Mental hospitals Bombay report 1921-28 - 1921-1928
Year: 1921
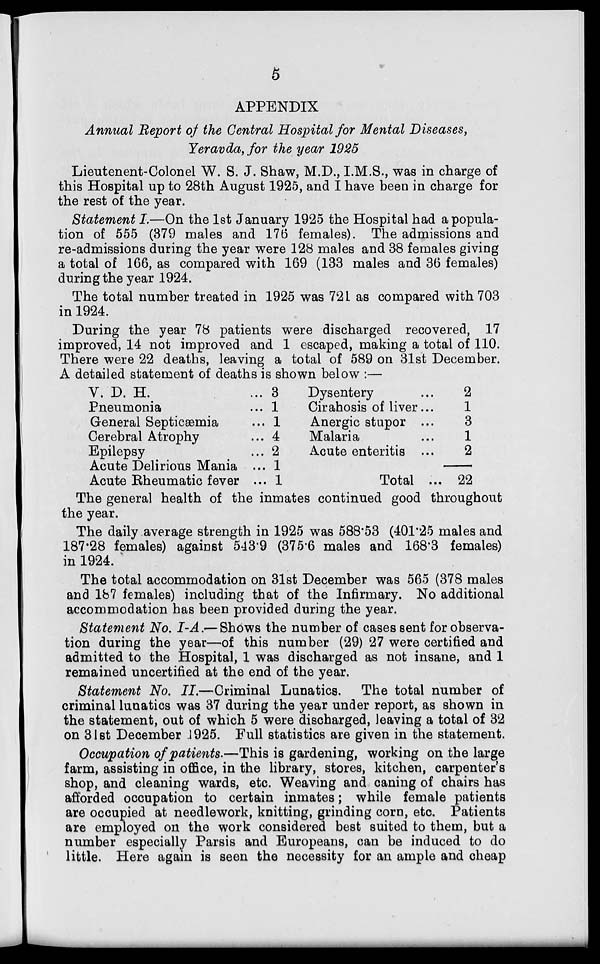
5
APPENDIX
Annual Report of the Central Hospital for Mental Diseases,
Yeravda, for the year 1925
Lieutenent-Colonel W. S. J. Shaw, M.D., I.M.S., was in charge of
this Hospital up to 28th August 1925, and I have been in charge for
the rest of the year.
Statement I.—On the 1st January 1925 the Hospital had a popula-
tion of 555 (379 males and 176 females). The admissions and
re-admissions during the year were 128 males and 38 females giving
a total of 166, as compared with 169 (133 males and 36 females)
during the year 1924.
The total number treated in 1925 was 721 as compared with 703
in 1924.
During the year 78 patients were discharged recovered, 17
improved, 14 not improved and 1 escaped, making a total of 110.
There were 22 deaths, leaving a total of 589 on 31st December.
A detailed statement of deaths is shown below :—
V. D. H. ...
Pneumonia ...
General Septicæmia ...
Cerebral Atrophy ...
Epilepsy
...
Acute Delirious Mania ...
Acute Rheumatic fever ...
3
1
1
4
2
1
1
Dysentery ...
Cirahosis of liver ...
Anergic stupor ...
Malaria ...
Acute enteritis ...
Total ...
2
1
3
1
2
22
The general health of the inmates continued good throughout
the year.
The daily average strength in 1925 was 588.53 (401.25 males and
187.28 females) against 543.9 (375.6 males and 168.3 females)
in 1924.
The total accommodation on 31st December was 565 (378 males
and 187 females) including that of the Infirmary. No additional
accommodation has been provided during the year.
Statement No. I-A.— Shows the number of cases sent for observa-
tion during the year—of this number (29) 27 were certified and
admitted to the Hospital, 1 was discharged as not insane, and 1
remained uncertified at the end of the year.
Statement No. II.—Criminal Lunatics. The total number of
criminal lunatics was 37 during the year under report, as shown in
the statement, out of which 5 were discharged, leaving a total of 32
on 31st December 1925. Full statistics are given in the statement.
Occupation of patients.—This is gardening, working on the large
farm, assisting in office, in the library, stores, kitchen, carpenter's
shop, and cleaning wards, etc. Weaving and caning of chairs has
afforded occupation to certain inmates ; while female patients
are occupied at needlework, knitting, grinding corn, etc. Patients
are employed on the work considered best suited to them, but a
number especially Parsis and Europeans, can be induced to do
little. Here again is seen the necessity for an ample and cheap